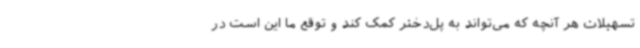
تسهیلات هر آنچه که می‌تواند به پل‌دختر کمک کند و توقع ما این است در